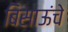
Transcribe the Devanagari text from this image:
बिसाऊंचे